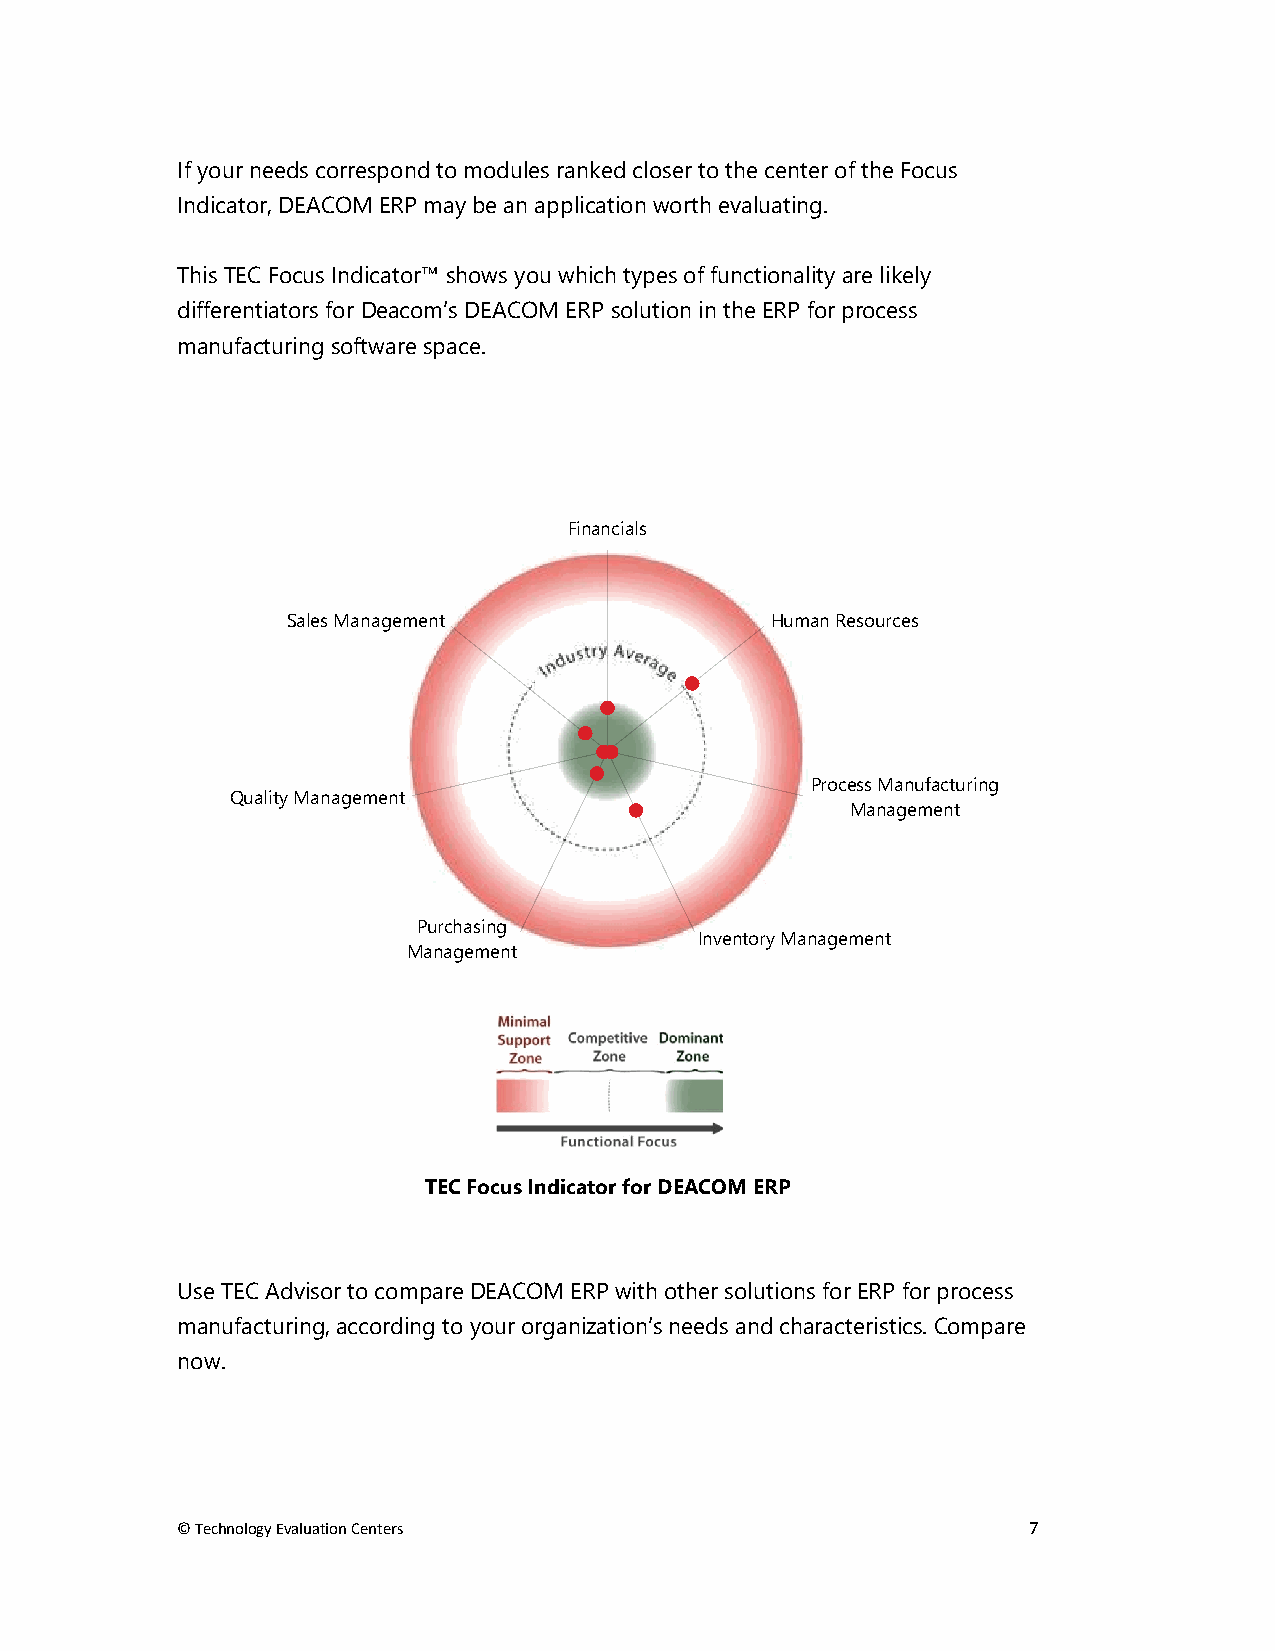
If your needs correspond to modules ranked closer to the center of the Focus
 Indicator, DEACOM ERP may be an application worth evaluating.
 This TEC Focus Indicator™ shows you which types of functionality are likely
 differentiators for Deacom’s DEACOM ERP solution in the ERP for process
 manufacturing software space.
 Financials
 Sales Management                Human Resources
 Process Manufacturing
 Quality Management
 Management
 Purchasing
 Inventory Management
 Management
 TEC Focus Indicator for DEACOM ERP
 Use TEC Advisor to compare DEACOM ERP with other solutions for ERP for process
 manufacturing, according to your organization’s needs and characteristics. Compare
 now.
 © Technology Evaluation Centers                         7